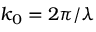
k _ { 0 } = 2 \pi / \lambda